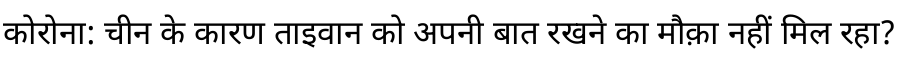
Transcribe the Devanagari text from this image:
कोरोना: चीन के कारण ताइवान को अपनी बात रखने का मौक़ा नहीं मिल रहा?